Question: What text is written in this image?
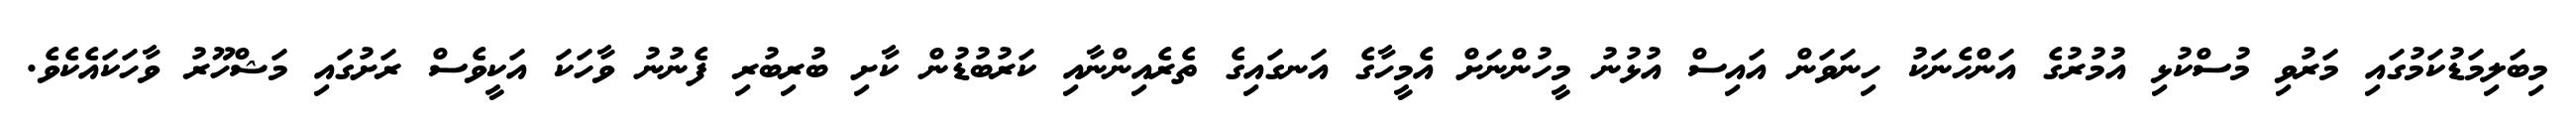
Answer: މިބަލިމަޑުކަމުގައި މަރުވި މުސްކުޅި އުމުރުގެ އަންހެނަކު ހިނަވަން އައިސް އުޅުނު މީހުންނަށް އެމީހާގެ އަނގައިގެ ތެރެއިންނާއި ކަރުބުޑުން ކާށި ބުރިބުރި ފެނުނު ވާހަކަ އަކީވެސް ރަށުގައި މަޝްހޫރު ވާހަކައެކެވެ.